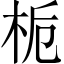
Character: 栀